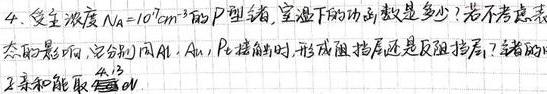
4. 受主浓度$N_A = 10^{17}cm^{-3}$的$P$型锗, 室温下的功函数是多少? 若不考虑表面态的影响, 它分别同$Al, Au, Pt$接触时, 形成阻挡层还是反阻挡层? 锗的电子亲和能取$4.13$eV.